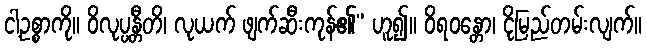
ငါ့ဥစ္စာကို။ ဝိလုပ္ပန္တီတိ၊ လုယက် ဖျက်ဆီးကုန်၏” ဟူ၍။ ဝိရဝန္တော၊ ငိုမြည်တမ်းလျက်။